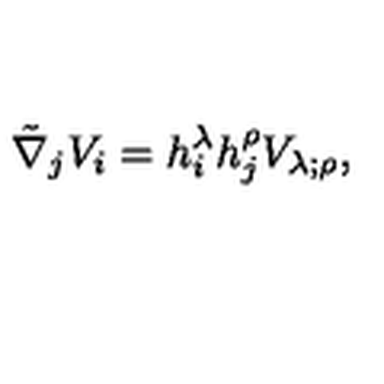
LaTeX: \tilde { \nabla } _ { j } V _ { i } = h _ { i } ^ { \lambda } h _ { j } ^ { \rho } V _ { \lambda ; \rho } ,